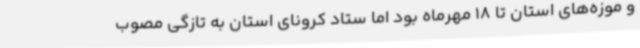
و موزه‌های استان تا 18 مهرماه بود اما ستاد کرونای استان به تازگی مصوب